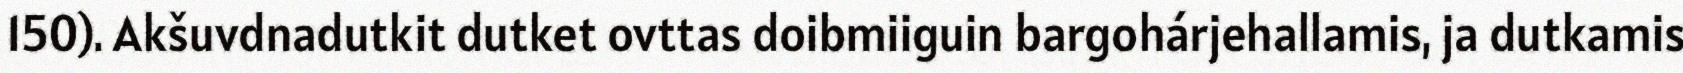
150). Akšuvdnadutkit dutket ovttas doibmiiguin bargohárjehallamis, ja dutkamis